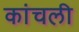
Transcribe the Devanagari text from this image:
कांचली